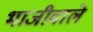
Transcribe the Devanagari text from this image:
भाजीवाले